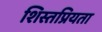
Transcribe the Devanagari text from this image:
शिस्तप्रियता